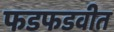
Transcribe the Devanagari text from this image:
फडफडवीत